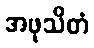
အဖုသိတံ